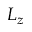
L _ { z }